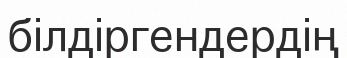
білдіргендердің